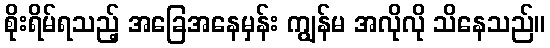
စိုးရိမ်ရသည့် အခြေအနေမှန်း ကျွန်မ အလိုလို သိနေသည်။